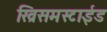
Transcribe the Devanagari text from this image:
ख्रिसमस्टाईड